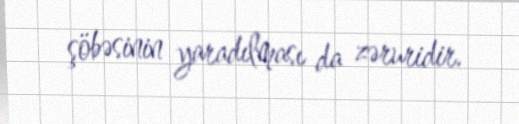
şöbəsinin yaradılması da zəruridir.